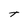
Character: T